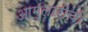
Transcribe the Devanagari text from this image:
आम्लारीची